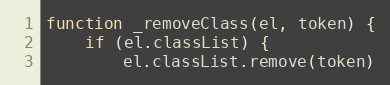
Language: JavaScript
function _removeClass(el, token) {
	if (el.classList) {
		el.classList.remove(token)